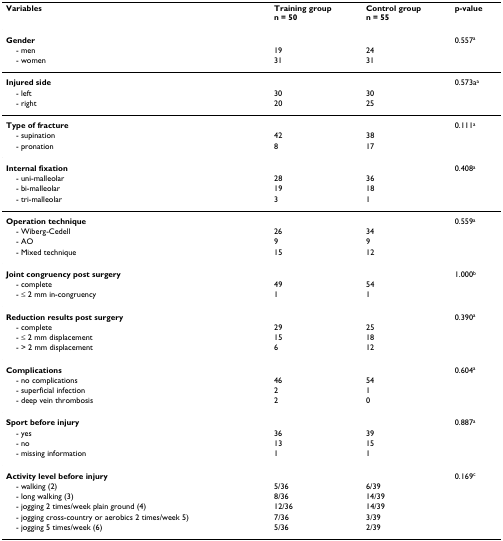
<table><thead><tr><td><b>Variables</b></td><td><b>Training groupn = 50</b></td><td><b>Control groupn = 55</b></td><td><b>p-value</b></td></tr></thead><tbody><tr><td><b>Gender</b></td><td></td><td></td><td>0.557<sup>a</sup></td></tr><tr><td> - men</td><td>19</td><td>24</td><td></td></tr><tr><td> - women</td><td>31</td><td>31</td><td></td></tr><tr><td><b>Injured side</b></td><td></td><td></td><td>0.573a<sup>a</sup></td></tr><tr><td> - left</td><td>30</td><td>30</td><td></td></tr><tr><td> - right</td><td>20</td><td>25</td><td></td></tr><tr><td><b>Type of fracture</b></td><td></td><td></td><td>0.111<sup>a</sup></td></tr><tr><td> - supination</td><td>42</td><td>38</td><td></td></tr><tr><td> - pronation</td><td>8</td><td>17</td><td></td></tr><tr><td><b>Internal fixation</b></td><td></td><td></td><td>0.408<sup>a</sup></td></tr><tr><td> - uni-malleolar</td><td>28</td><td>36</td><td></td></tr><tr><td> - bi-malleolar</td><td>19</td><td>18</td><td></td></tr><tr><td> - tri-malleolar</td><td>3</td><td>1</td><td></td></tr><tr><td><b>Operation technique</b></td><td></td><td></td><td>0.559<sup>a</sup></td></tr><tr><td> - Wiberg-Cedell</td><td>26</td><td>34</td><td></td></tr><tr><td> - AO</td><td>9</td><td>9</td><td></td></tr><tr><td> - Mixed technique</td><td>15</td><td>12</td><td></td></tr><tr><td><b>Joint congruency post surgery</b></td><td></td><td></td><td>1.000<sup>b</sup></td></tr><tr><td> - complete</td><td>49</td><td>54</td><td></td></tr><tr><td> - ≤ 2 mm in-congruency</td><td>1</td><td>1</td><td></td></tr><tr><td><b>Reduction results post surgery</b></td><td></td><td></td><td>0.390<sup>a</sup></td></tr><tr><td> - complete</td><td>29</td><td>25</td><td></td></tr><tr><td> - ≤ 2 mm displacement</td><td>15</td><td>18</td><td></td></tr><tr><td> - &gt; 2 mm displacement</td><td>6</td><td>12</td><td></td></tr><tr><td><b>Complications</b></td><td></td><td></td><td>0.604<sup>a</sup></td></tr><tr><td> - no complications</td><td>46</td><td>54</td><td></td></tr><tr><td> - superficial infection</td><td>2</td><td>1</td><td></td></tr><tr><td> - deep vein thrombosis</td><td>2</td><td>0</td><td></td></tr><tr><td><b>Sport before injury</b></td><td></td><td></td><td>0.887<sup>a</sup></td></tr><tr><td> - yes</td><td>36</td><td>39</td><td></td></tr><tr><td> - no</td><td>13</td><td>15</td><td></td></tr><tr><td> - missing information</td><td>1</td><td>1</td><td></td></tr><tr><td><b>Activity level before injury</b></td><td></td><td></td><td>0.169<sup>c</sup></td></tr><tr><td> - walking (2)</td><td>5/36</td><td>6/39</td><td></td></tr><tr><td> - long walking (3)</td><td>8/36</td><td>14/39</td><td></td></tr><tr><td> - jogging 2 times/week plain ground (4)</td><td>12/36</td><td>14/39</td><td></td></tr><tr><td> - jogging cross-country or aerobics 2 times/week 5)</td><td>7/36</td><td>3/39</td><td></td></tr><tr><td> - jogging 5 times/week (6)</td><td>5/36</td><td>2/39</td><td></td></tr></tbody></table>